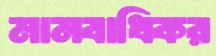
মানবাধিকর